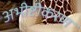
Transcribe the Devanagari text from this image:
अभीष्टीकरण